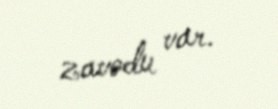
zavodu var.